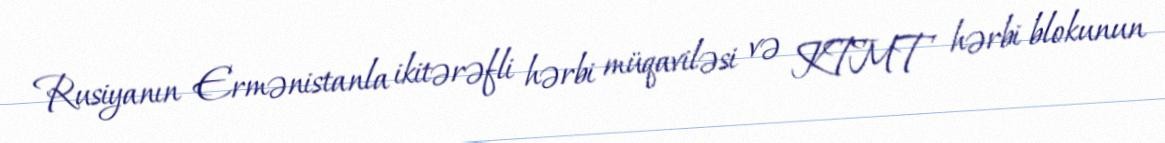
Rusiyanın Ermənistanla ikitərəfli hərbi müqaviləsi və KTMT hərbi blokunun